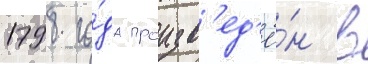
1798 го́да произв'ед'ё́н в